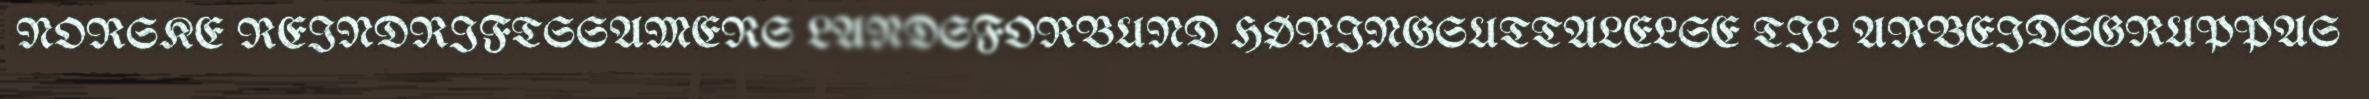
NORSKE REINDRIFTSSAMERS LANDSFORBUND HØRINGSUTTALELSE TIL ARBEIDSGRUPPAS